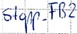
Text: Stopp_FB2